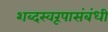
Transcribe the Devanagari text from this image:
शब्दस्वरूपासंबंधी